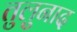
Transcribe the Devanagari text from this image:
तुलुनाद